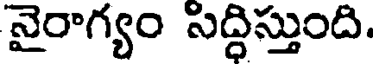
నైరాగ్యం సిద్ధిస్తుంది.